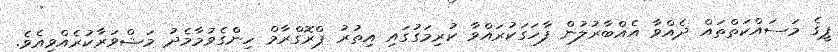
ޕީގެ މަސައްކަތްތައް ދެއްވާ އެއްބާރުލުން ފާހަގަކުރައްވާ ކުރިމަގުގައި އިތުރު ޕްރޮގްރާމް ހިންގެވުމާމެދު މަޝްވަރާކުރެއްވިއެވެ.